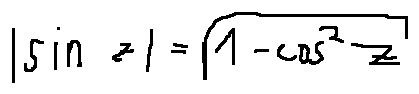
| \sin z | = \sqrt { 1 - \cos ^ { 2 } z }